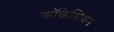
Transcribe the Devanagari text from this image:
कॉकेसियन